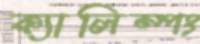
ক্যালিম্পং